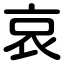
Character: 哀